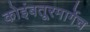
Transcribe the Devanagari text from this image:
कोइंबतूरमार्गेच